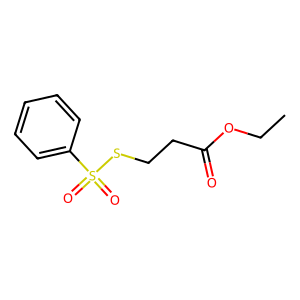
SMILES: CCOC(=O)CCSS(=O)(=O)c1ccccc1
Inhibits HIV replication: No